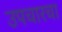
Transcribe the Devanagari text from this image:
उपचारचा